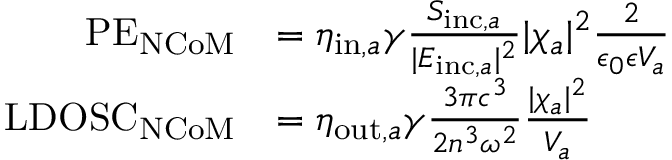
\begin{array} { r l } { \mathrm { P E } _ { \mathrm { N C o M } } } & { = \eta _ { \mathrm { i n } , a } \gamma \frac { S _ { \mathrm { i n c } , a } } { | E _ { \mathrm { i n c } , a } | ^ { 2 } } | \chi _ { a } | ^ { 2 } \frac { 2 } { \epsilon _ { 0 } \epsilon V _ { a } } } \\ { \mathrm { L D O S C } _ { \mathrm { N C o M } } } & { = \eta _ { \mathrm { o u t } , a } \gamma \frac { 3 \pi c ^ { 3 } } { 2 n ^ { 3 } \omega ^ { 2 } } \frac { | \chi _ { a } | ^ { 2 } } { V _ { a } } } \end{array}